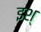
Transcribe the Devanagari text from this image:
इश्